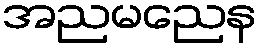
အညမညေန